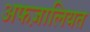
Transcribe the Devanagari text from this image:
अफज़ालियत